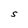
Character: S